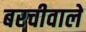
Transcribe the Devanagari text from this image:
बरचीवाले